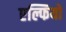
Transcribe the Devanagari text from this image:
एल्फियो